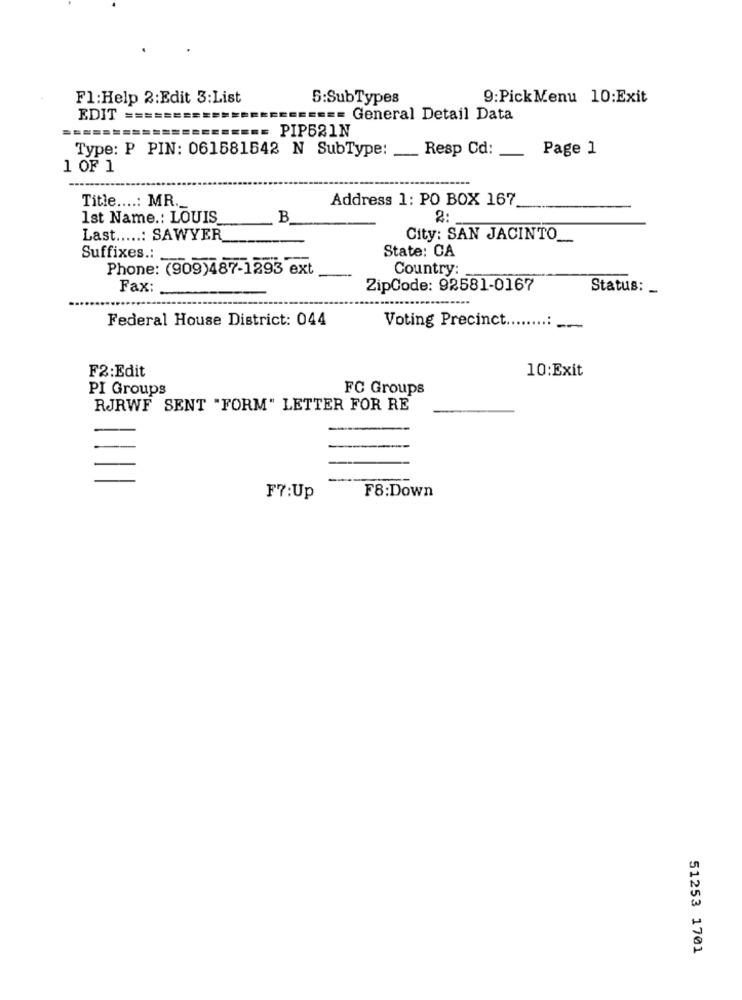
Fl:Help 2:Edit 3:List
5:SubTypes
9:PickMenu 10:Exit
EDIT ==
===== General Detail Data
====== PIP521N
Type: P PIN: 061581542 N SubType:
Resp Cd:
Page 1
1 OF 1
Title ....: MR.
Address 1: PO BOX 167
1st Name .: LOUIS
B
2:
Last .....: SAWYER
City: SAN JACINTO
Suffixes .: -
State: CA
Phone: (909)487-1293 ext
Country:
Fax:
ZipCode: 92581-0167
Status: _
Federal House District: 044
Voting Precinct
-
10:Exit
F2:Edit
PI Groups
FC Groups
RJRWF SENT "FORM" LETTER FOR RE
F7:Up
F8:Down
51253 1701